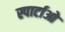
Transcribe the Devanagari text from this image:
स्पार्टाओ